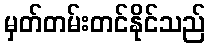
မှတ်တမ်းတင်နိုင်သည်